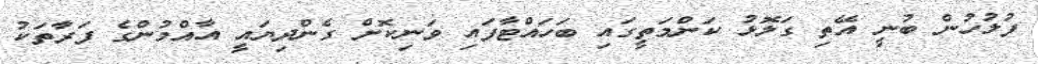
ފުލުހުން ބުނީ އޭތި ގަލޮޅު ކަންމަތީގައި ބަހައްޓާފައި ވަނިކޮށް ގެންދިޔައީ އާއްމުންގެ ފަރާތަކު